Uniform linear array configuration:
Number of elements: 12
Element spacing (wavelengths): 0.5
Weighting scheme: kaiser
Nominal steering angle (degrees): -60
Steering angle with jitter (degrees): -60.253
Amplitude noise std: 0.05
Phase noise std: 0.05

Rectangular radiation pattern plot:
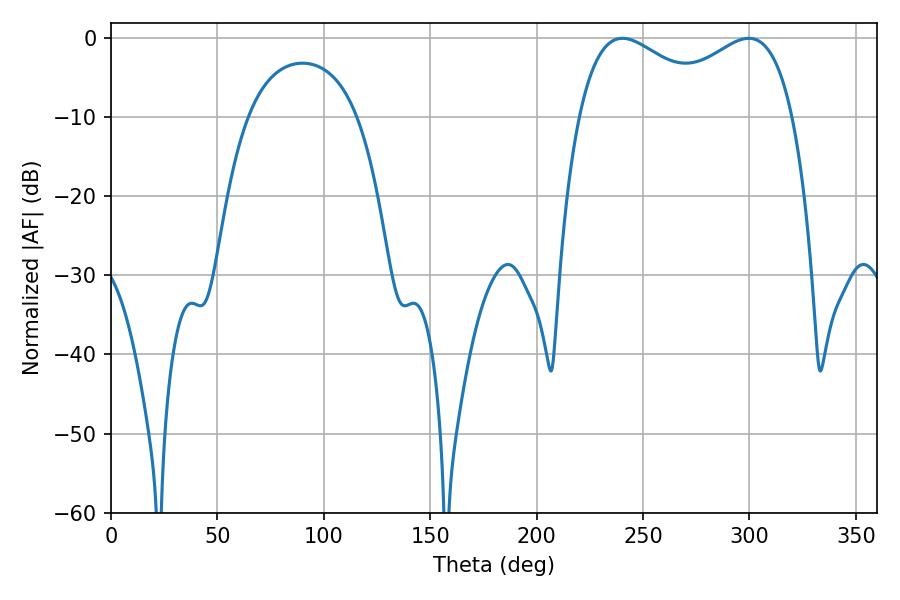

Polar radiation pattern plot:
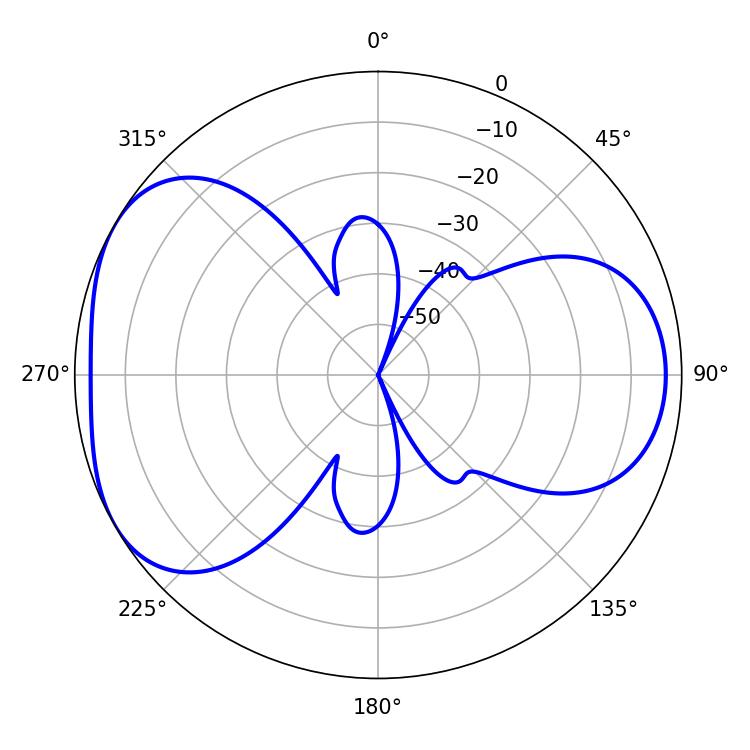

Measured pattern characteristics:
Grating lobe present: FALSE
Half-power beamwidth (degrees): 37.8
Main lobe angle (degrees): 240.3